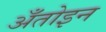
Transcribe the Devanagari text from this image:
अँतोइन